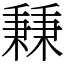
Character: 𥡝